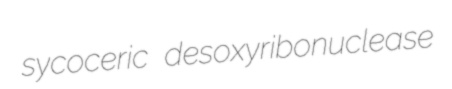
sycoceric desoxyribonuclease